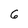
Character: 6